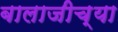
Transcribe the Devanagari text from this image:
बालाजीच्या